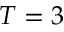
T = 3